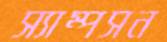
স্যাম্পসন